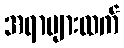
အရာများထက်